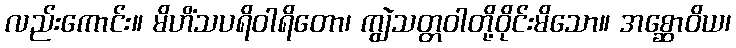
လည်းကောင်း။ မိဟိံသပရိဝါရိတော၊ ကျွဲသတ္တဝါတို့ဝိုင်းမိသော။ အစ္ဆောဝိယ၊